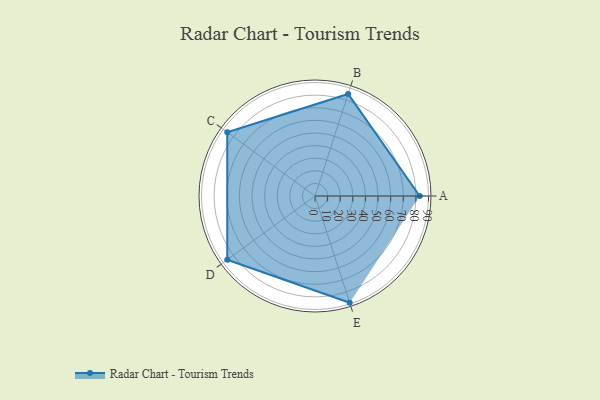
{"axis": {"x": "Skill", "y": "Score"}, "legend": ["Profile"], "data": [{"x": "A", "y": 83.0, "type": "Profile"}, {"x": "B", "y": 85.0, "type": "Profile"}, {"x": "C", "y": 86.0, "type": "Profile"}, {"x": "D", "y": 86.0, "type": "Profile"}, {"x": "E", "y": 89.0, "type": "Profile"}]}